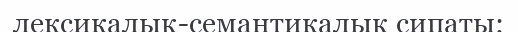
лексикалық-семантикалық сипаты;